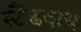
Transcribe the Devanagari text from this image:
स्टैंडबाय